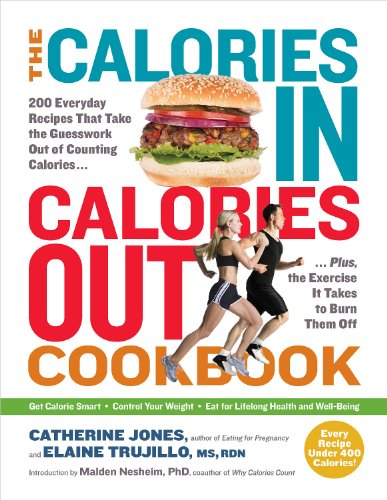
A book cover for The Calories In, Calories Out Cookbook: 200 Everyday Recipes That Take the Guesswork Out of Counting CaloriesPlus, the Exercise It Takes to Burn Them Off; Catherine Jones; Health, Fitness & Dieting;